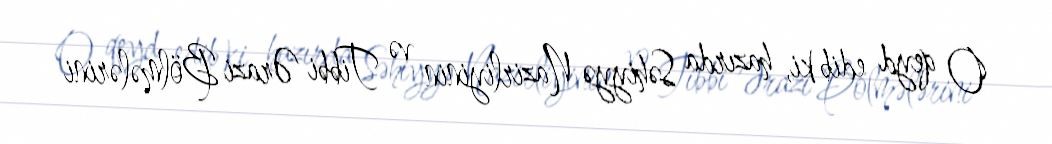
O qeyd edib ki, hazırda Səhiyyə Nazirliyinin və Tibbi Ərazi Bölmələrini